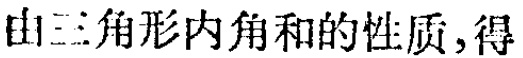
由三角形内角和的性质,得